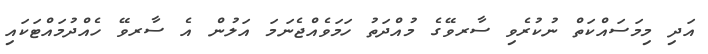
އަދި މިމަސައްކަތް ނުކުރެވި ސާރވޭގެ މުއްދަތު ހަމަވެއްޖެނަމަ އަލުން އެ ސާރވޭ ހެއްދުމައްޓަކައި